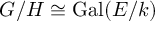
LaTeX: G / H \cong \operatorname { G a l } ( E / k )